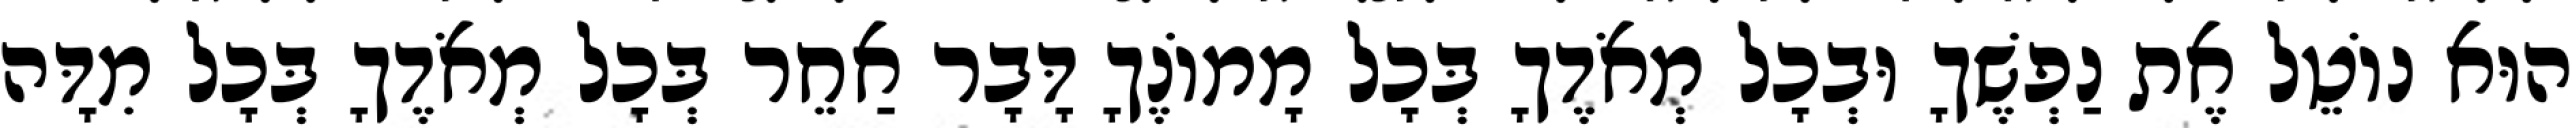
הוּא נוֹטֵל אֶת נַפְשֶׁךָ וּבְכָל מְאֹדֶךָ בְּכָל מָמוֹנֶךָ דָּבָר אַחֵר בְּכָל מְאֹדֶךָ בְּכָל מִדָּה